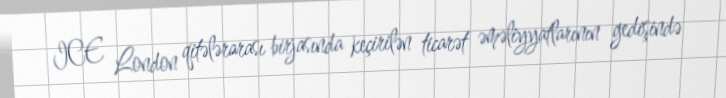
ICE London qitələrarası birjasında keçirilən ticarət əməliyyatlarının gedişində